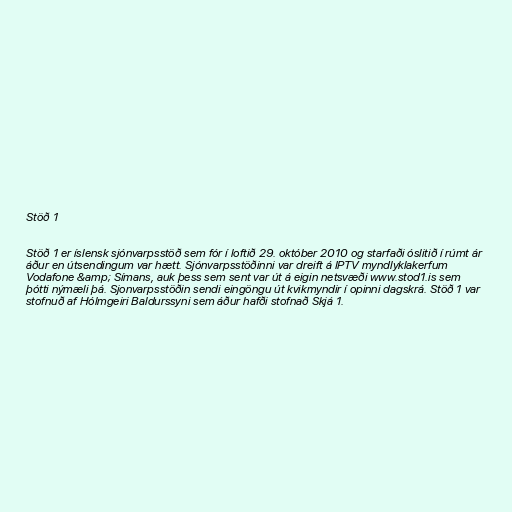
Stöð 1

Stöð 1 er íslensk sjónvarpsstöð sem fór í loftið 29. október 2010 og starfaði óslitið í rúmt ár
áður en útsendingum var hætt. Sjónvarpsstöðinni var dreift á IPTV myndlyklakerfum
Vodafone &amp; Símans, auk þess sem sent var út á eigin netsvæði www.stod1.is sem
þótti nýmæli þá. Sjonvarpsstöðin sendi eingöngu út kvikmyndir í opinni dagskrá. Stöð 1 var
stofnuð af Hólmgeiri Baldurssyni sem áður hafði stofnað Skjá 1.